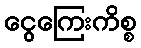
ငွေကြေးကိစ္စ